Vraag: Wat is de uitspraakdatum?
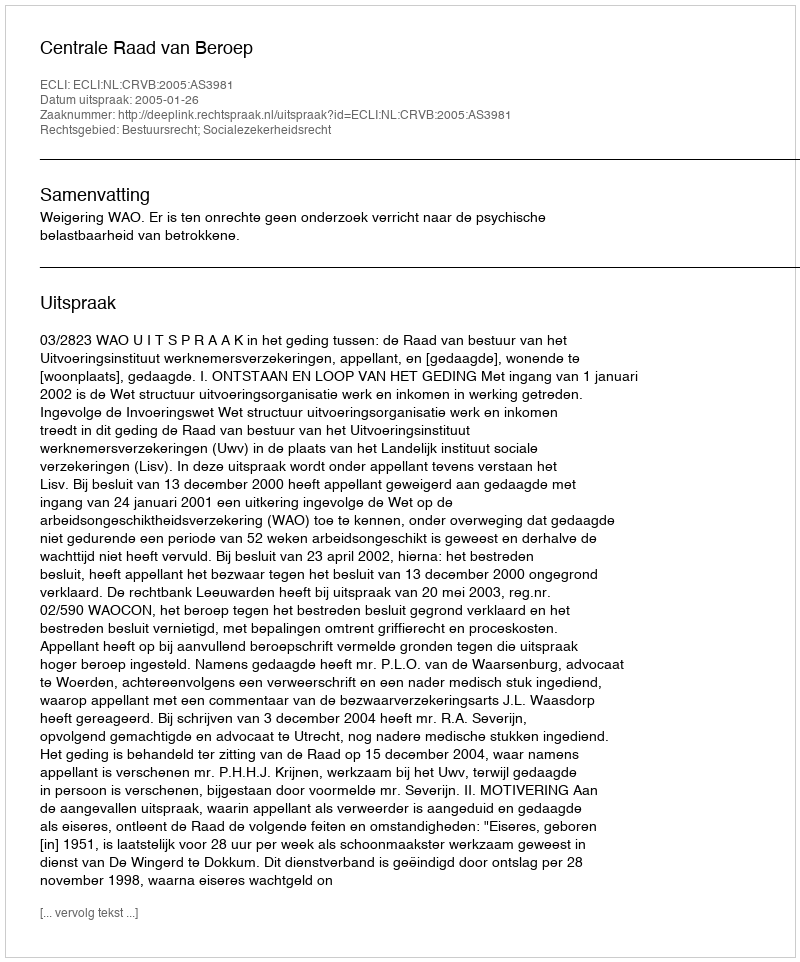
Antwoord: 2005-01-26